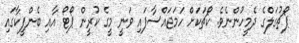
ޕޯޗުގަލްގެ ދެމީހުންނެވެ. ކޯޗަކަށް ހަމަޖައްސާފައި ވަނީ މީގެ ކުރީން ޕޯޓޯ އާއި ބެންފީކާގައި